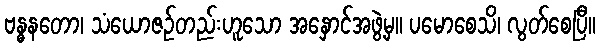
ဗန္ဓနတော၊ သံယောဇဉ်တည်းဟူသော အနှောင်အဖွဲ့မှ။ ပမောစေသိ၊ လွတ်စေပြီ။